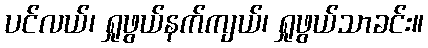
ပင်လယ်၊ ရှုဖွယ်နက်ကျယ်၊ ရှုဖွယ်သာခင်း။